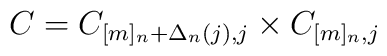
C=C_{[m]_n +\Delta_n (j), j}\times C_{[m]_n , j}